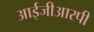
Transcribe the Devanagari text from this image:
आईजीआरपी